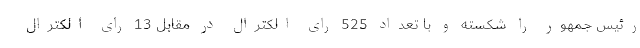
رئیس جمهور را شکسته و با تعداد 525 رای الکترال در مقابل 13 رای الکترال